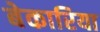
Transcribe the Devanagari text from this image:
बेकारिया